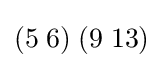
(5\;6)\;(9\;13)